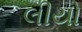
લીયો